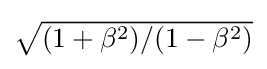
{\textstyle {\sqrt {(1+\beta ^{2})/(1-\beta ^{2})}}}